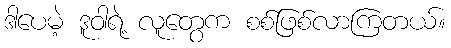
ဒါပေမဲ့ ဒူဝါရဲ့ လူတွေက စစ်ဖြစ်လာကြတယ်။